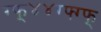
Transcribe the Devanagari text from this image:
ग्फ्४४ग्फ्ग्फ्